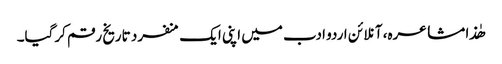
ھٰذا مشاعرہ، آنلائن اردو ادب میں اپنی ایک منفرد تاریخ رقم کرگیا۔